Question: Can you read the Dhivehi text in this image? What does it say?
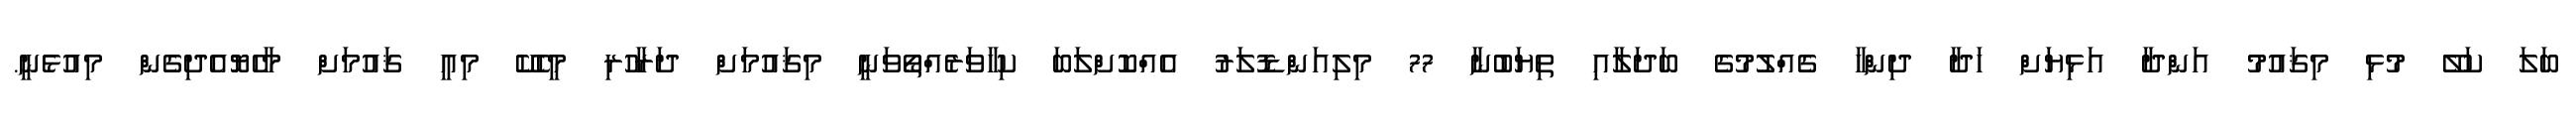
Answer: ބަލަ ކަލޭ މުޅި މިޤައުމު އަންދާ އަޅިޔަށް ހަދާ ދިންހާ ގެއްލުމުގެ ބަދަލާއި ތިޔަބުނާ 77 މިލިއަންޑޮލަރު އެއްކޮށްލަބަ ކިހާވަރެއްތޯވަނީ މިޤައުމަށް ދަރާހުރި މީހެކޭ މިއީ ޤައުމަށް މާހެޔޮއެދިގެން މިއުޅެނީ.